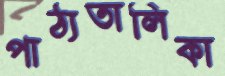
পাঠ্যতালিকা